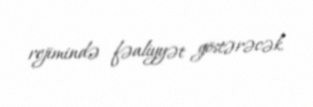
rejimində fəaliyyət göstərəcək.